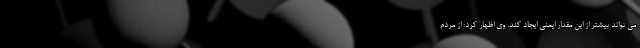
می تواند بیشتر از این مقدار ایمنی ایجاد کند. وی اظهار کرد: از مردم